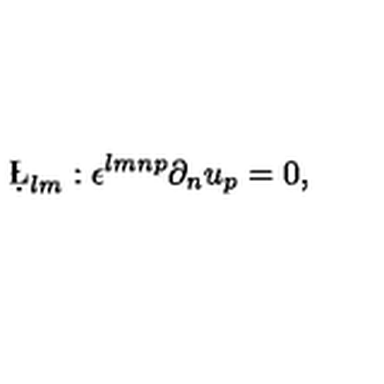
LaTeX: \d \L _ { l m } : \epsilon ^ { l m n p } \partial _ { n } u _ { p } = 0 ,